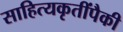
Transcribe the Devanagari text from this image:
साहित्यकृतींपैकी